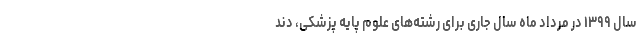
سال ۱۳۹۹ در مرداد ماه سال جاری برای رشته‌های علوم پایه پزشکی، دند